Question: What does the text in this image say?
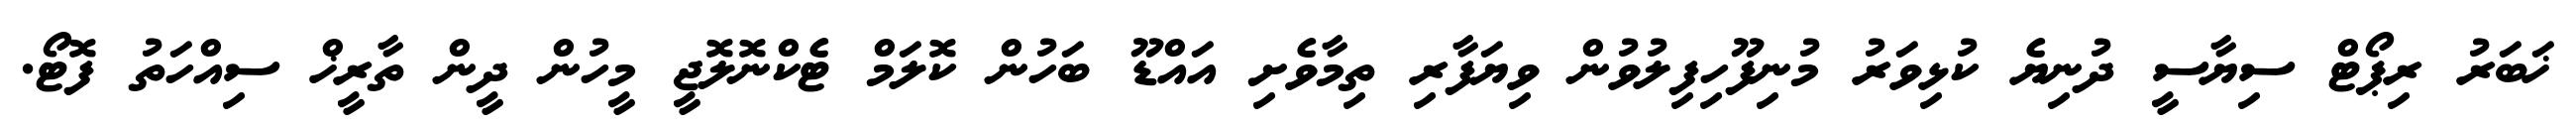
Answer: ޚަބަރު ރިޕޯޓް ސިޔާސީ ދުނިޔެ ކުޅިވަރު މުނިފޫހިފިލުވުން ވިޔަފާރި ތިމާވެށި އައްޑޫ ބަހުން ކޮލަމް ޓެކްނޮލޮޖީ މީހުން ދީން ތާރީޚް ސިއްހަތު ފޮޓޯ.